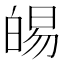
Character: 𭽛